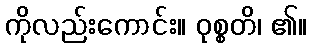
ကိုလည်းကောင်း။ ဝုစ္စတိ၊ ၏။